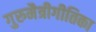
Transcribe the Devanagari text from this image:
गुरुमैत्रीगीतिका